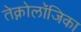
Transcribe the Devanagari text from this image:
तेक्नोलॉजिका